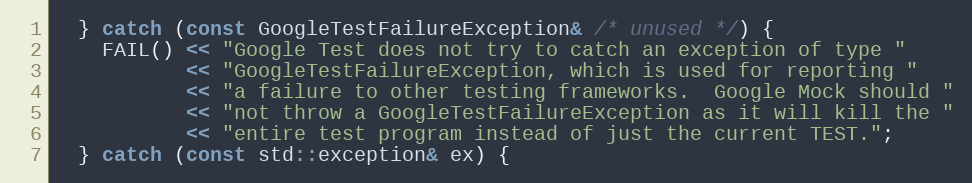
Language: C++
  } catch (const GoogleTestFailureException& /* unused */) {
    FAIL() << "Google Test does not try to catch an exception of type "
           << "GoogleTestFailureException, which is used for reporting "
           << "a failure to other testing frameworks.  Google Mock should "
           << "not throw a GoogleTestFailureException as it will kill the "
           << "entire test program instead of just the current TEST.";
  } catch (const std::exception& ex) {